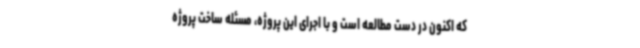
که اکنون در دست مطالعه است و با اجرای این پروژه، مسئله ساخت پروژه